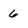
Character: 6